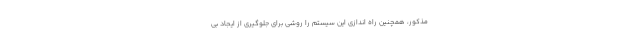
مذکور، همچنین راه اندازی این سیستم را روشی برای جلوگیری از ایجاد بی